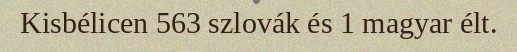
Kisbélicen 563 szlovák és 1 magyar élt.